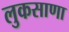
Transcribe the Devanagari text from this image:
लुकसाणा